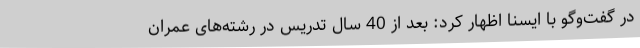
در گفت‌وگو با ایسنا اظهار کرد: بعد از 40 سال تدریس در رشته‌های عمران